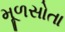
મૂળસોતા